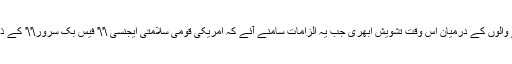
سماجی رابطے کی ویب سائٹس کو ڈیل کرنے والوں کے درمیان اس وقت تشویش ابھری جب یہ الزامات سامنے آئے کہ امریکی قومی سلامتی ایجنسی \'\' فیس بک سرور\'\' کے ذریعے بھی جاسوسی کی کوششیں کر رہی ہے۔